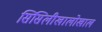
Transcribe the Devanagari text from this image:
सिसिलीखालोखाल